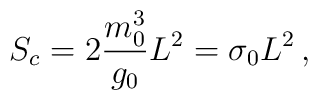
S_c= 2\frac{m_0^3}{g_0}L^2 =\sigma_0 L^2 \,,